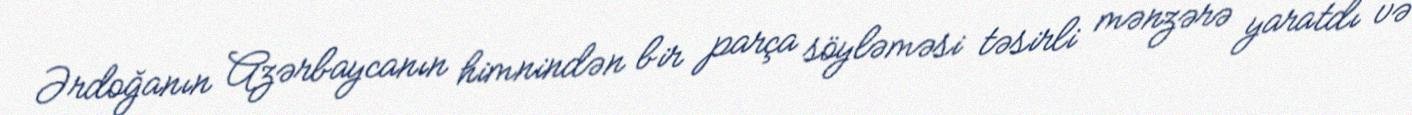
Ərdoğanın Azərbaycanın himnindən bir parça söyləməsi təsirli mənzərə yaratdı və